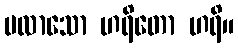
ပလာသော ဟရိတော ဟရိ။